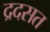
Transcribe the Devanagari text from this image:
द्रदसत